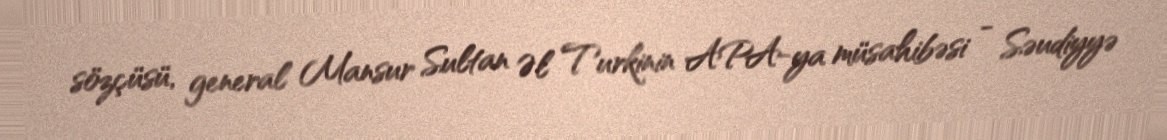
sözçüsü, general Mansur Sultan Əl Turkinin APA-ya müsahibəsi - Səudiyyə